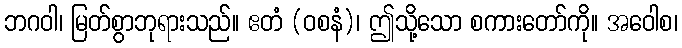
ဘဂဝါ၊ မြတ်စွာဘုရားသည်။ ဧတံ (ဝစနံ)၊ ဤသို့သော စကားတော်ကို။ အဝေါစ၊